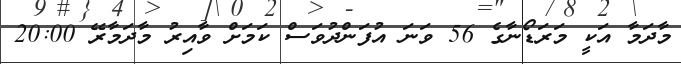
މާދަމާ އަކީ މަރަޑޯނާގެ 56 ވަނަ އުފަންދުވަސް ކަމަށް ވާއިރު މާދަމާރޭ 20:00